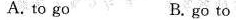
A. to go B. go to